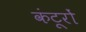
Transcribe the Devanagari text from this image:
कंटूरों